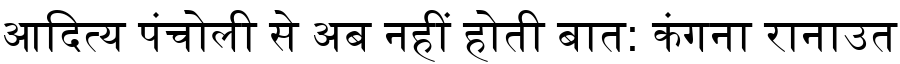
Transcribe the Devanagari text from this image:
आदित्य पंचोली से अब नहीं होती बात: कंगना रानाउत